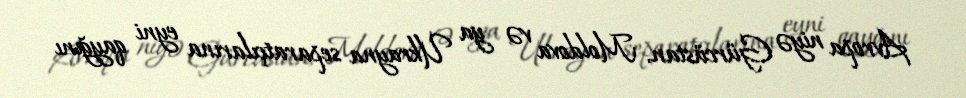
Avropa niyə Gürcüstan, Moldova və ya Ukrayna separatçılarına eyni qayğını